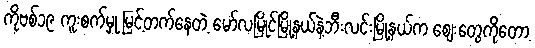
ကိုဗစ်၁၉ ကူးစက်မှု မြင့်တက်နေတဲ့ မော်လမြိုင်မြို့နယ်နဲ့ဘီးလင်းမြို့နယ်က စျေးတွေကိုတော့